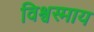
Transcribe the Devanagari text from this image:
विश्वस्माय